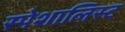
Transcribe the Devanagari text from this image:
स्पेशालिस्ट